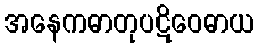
အနေကဓာတုပဋိဝေဓာယ